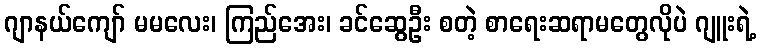
ဂျာနယ်ကျော် မမလေး၊ ကြည်အေး၊ ခင်ဆွေဦး စတဲ့ စာရေးဆရာမတွေလိုပဲ ဂျူးရဲ့